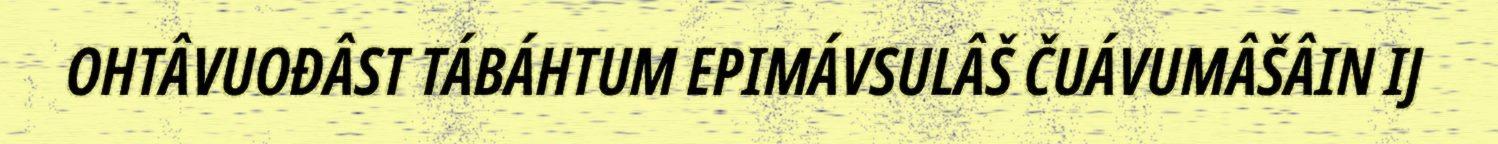
OHTÂVUOĐÂST TÁBÁHTUM EPIMÁVSULÂŠ ČUÁVUMÂŠÂIN IJ